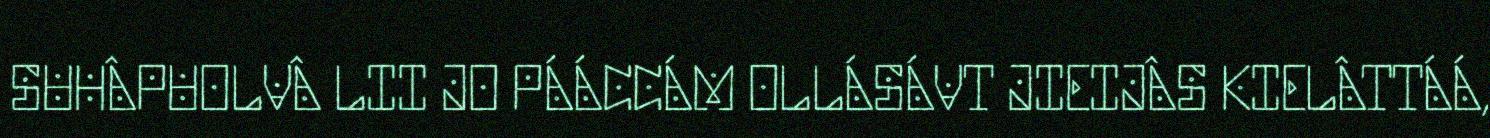
SUHÂPUOLVÂ LII JO PÁÁCCÁM OLLÁSÁVT JIEIJÂS KIELÂTTÁÁ,